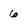
Character: 6